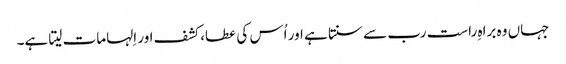
جہاں وہ براہِ راست رب سے سنتا ہے اور اُس کی عطا، کشف اور اِلہامات لیتا ہے۔